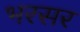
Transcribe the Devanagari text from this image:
भरसर